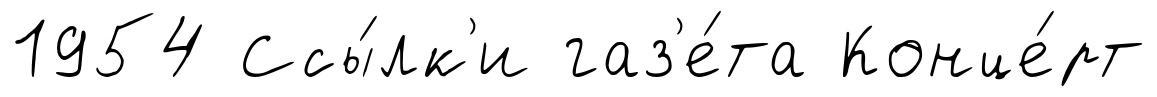
1954 Ссы́лк'и газ'е́та Конце́рт